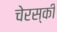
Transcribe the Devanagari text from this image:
चेरस्की